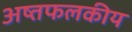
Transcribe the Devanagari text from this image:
अष्तफलकीय